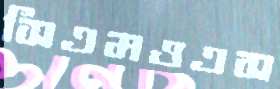
সিএমওএস